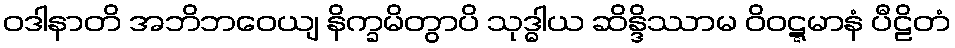
ဝဒါနာတိ အဘိဘဝေယျ နိက္ခမိတွာပိ သုဒ္ဓါယ ဆိန္ဒိဿာမ ဝိဝဋ္ဋမာနံ ပီဠိတံ